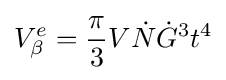
V_{\beta }^{e}={\frac {\pi }{3}}V{\dot {N}}{\dot {G}}^{3}t^{4}